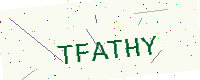
Text: TFATHY